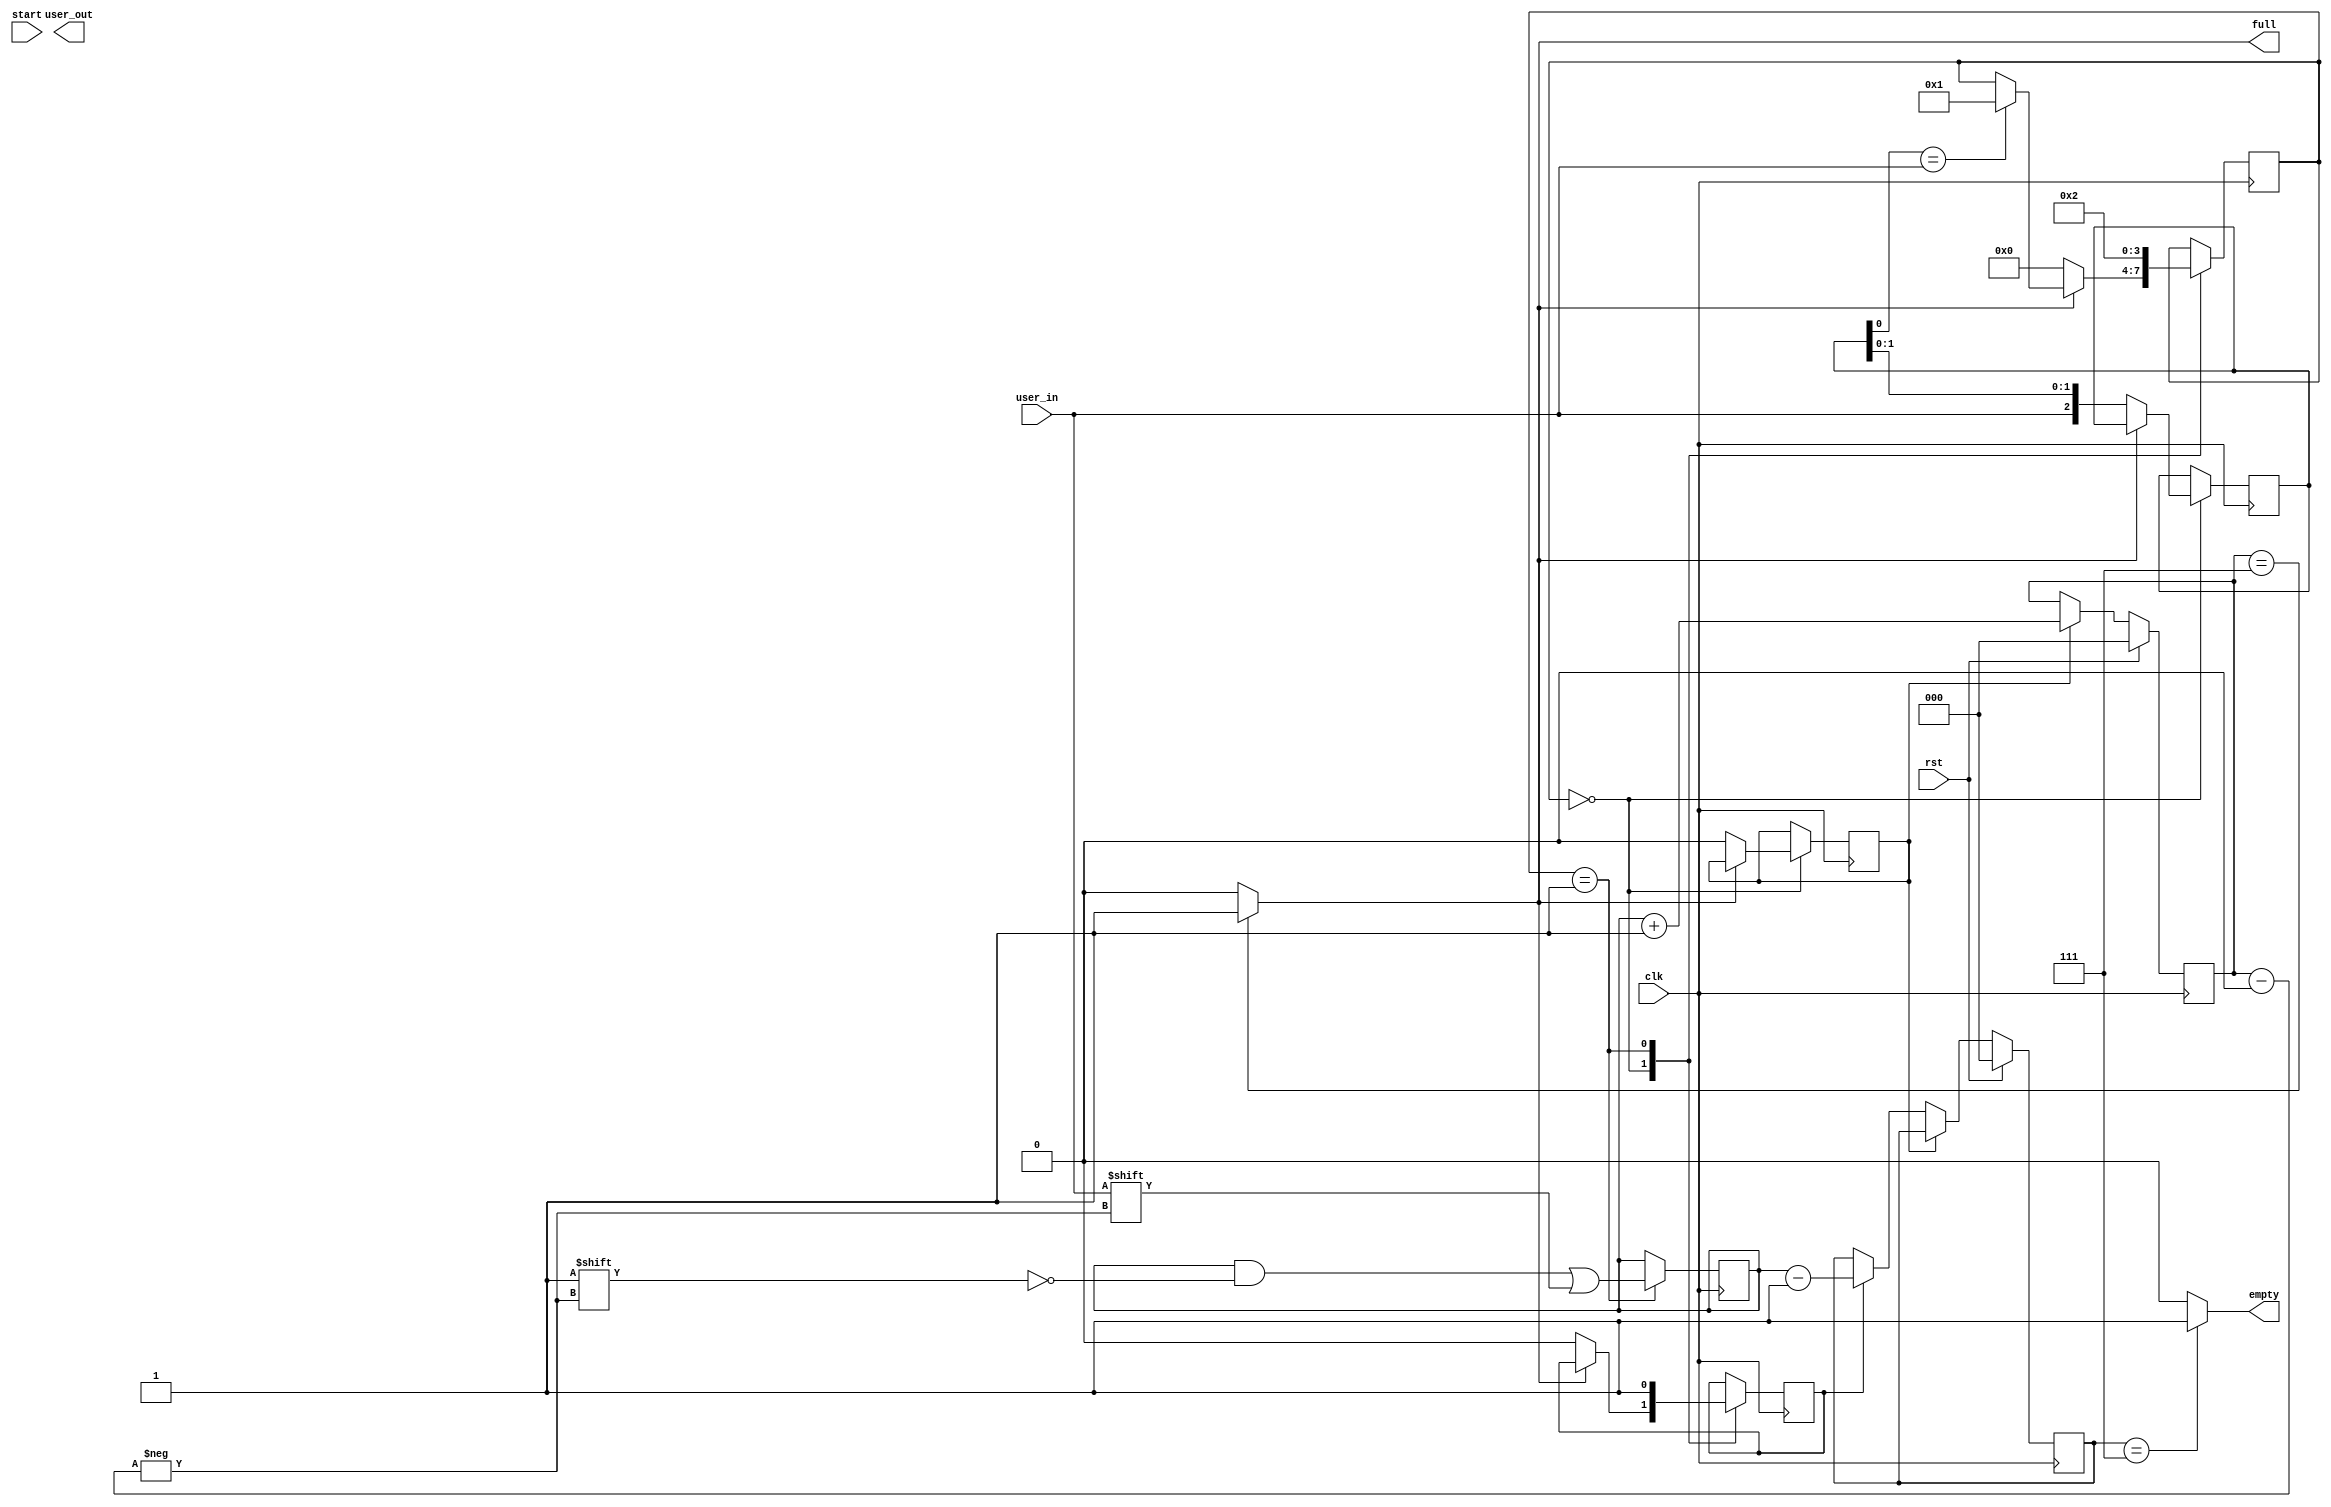
module   parking_lot (
            input    user_in,
            input    clk,
            input  rst,
            input    start,
            output    user_out,
            output    full,
            output    empty

);

reg        inc;
reg        dec;
reg    [2:0]    slot_inc;
reg    [2:0]    slot_dec;
reg    [2:0]    slot;
reg    [2:0] in;
reg    [2:0] out;
reg    [3:0]    ns=4'b0;

assign    full=(slot_inc==3'b111)?1'b1:1'b0;
assign    empty=(slot_dec==3'b111)?1'b1:1'b0;

always@(posedge clk)
begin
  if(rst)
  begin
    slot_inc<=0;
    slot_dec<=0;
  end
  else if(inc)
    slot_inc<=slot+1;
  else if(dec)
    slot_dec<=slot-1; 
end

always    @    (posedge    clk)
begin
case(ns)
4'd0:
    begin
            if(!full)
              begin
                    in<={user_in,in[1:0]};
                    dec<=0;
                    inc<=0;
                    ns<=4'd0;
              end
            else
            if(in[0]==user_in)
                      ns<=4'b1;
    end
4'd1:
    begin
                   slot[slot_inc]<=user_in;
                   dec=1'b1;
                     ns<=4'd2;

    end

endcase
end
endmodule